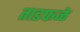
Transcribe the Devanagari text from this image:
ताडफळे